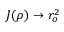
J ( \rho ) \to r _ { o } ^ { 2 }